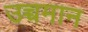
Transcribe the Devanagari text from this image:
उच्चमान